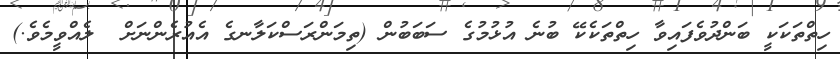
ހިތްތަކަކީ ބަންދުވެފައިވާ ހިތްތަކެކޭ ބުނެ އުޅުމުގެ ސަަބަބުން (ތިމަންރަސްކަލާނގެ އެއުރެންނަށް  ލެއްވީމެވެ.)